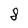
Character: 8